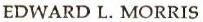
EDWARD L. MORRIS